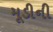
મૂડીની